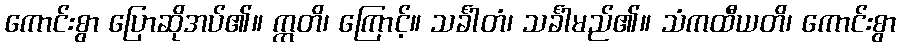
ကောင်းစွာ ပြောဆိုအပ်၏။ ဣတိ၊ ကြောင့်။ သင်္ခါတံ၊ သင်္ခါမည်၏။ သံကထီယတိ၊ ကောင်းစွာ